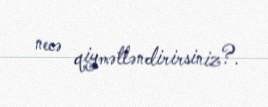
necə qiymətləndirirsiniz?.